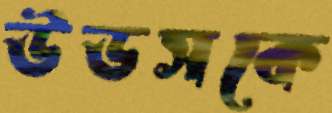
উডসকে